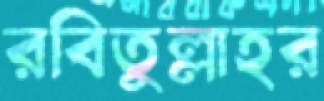
রবিতুল্লাহর